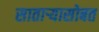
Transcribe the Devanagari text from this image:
सातार्‍यासोबत